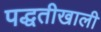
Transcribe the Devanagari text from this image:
पद्धतीखाली